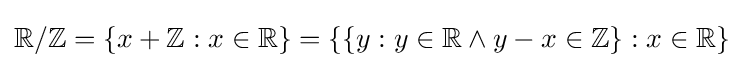
{\mathbb {R} /\mathbb {Z} }=\{x+\mathbb {Z} :x\in \mathbb {R} \}=\{\{y:y\in \mathbb {R} \land y-x\in \mathbb {Z} \}:x\in \mathbb {R} \}